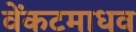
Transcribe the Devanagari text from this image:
वेंकटमाधव